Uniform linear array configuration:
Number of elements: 48
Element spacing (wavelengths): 1
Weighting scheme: exponential
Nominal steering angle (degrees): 45
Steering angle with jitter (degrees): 46.783
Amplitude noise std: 0.05
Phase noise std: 0.05

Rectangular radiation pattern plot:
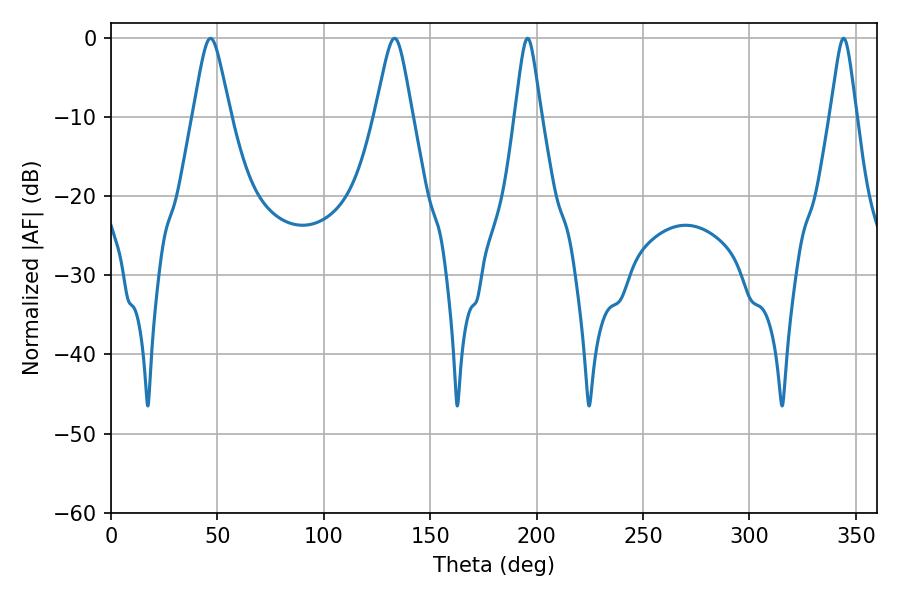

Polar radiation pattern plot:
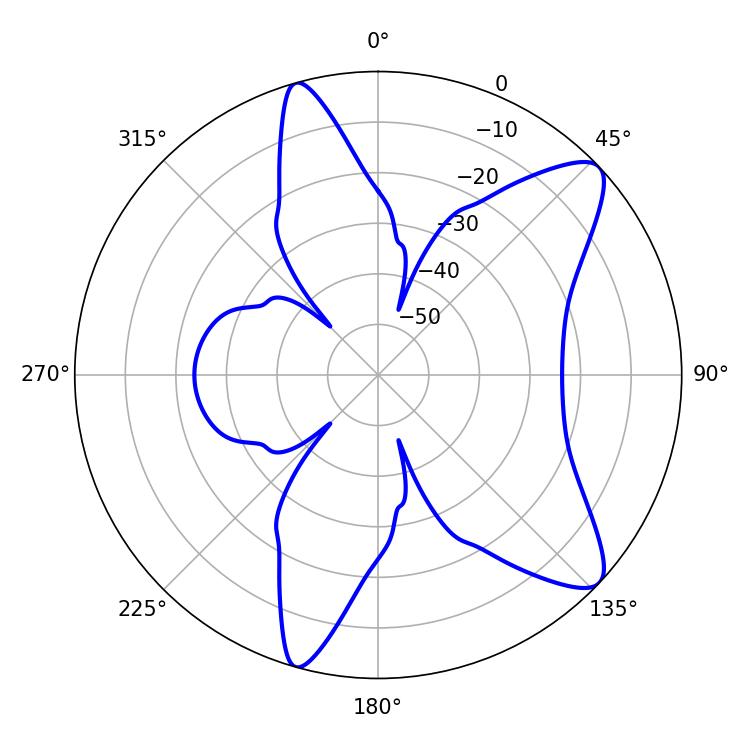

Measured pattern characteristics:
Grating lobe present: TRUE
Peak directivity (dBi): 10.171
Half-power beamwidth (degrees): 8.46
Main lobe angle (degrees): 46.8